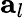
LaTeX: \mathbf{a}_{l}